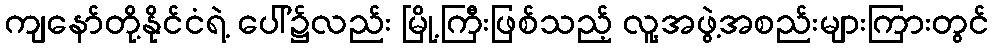
ကျနော်တို့နိုင်ငံရဲ့ ပေါ်၌လည်း မြို့ကြီးဖြစ်သည့် လူ့အဖွဲ့အစည်းများကြားတွင်